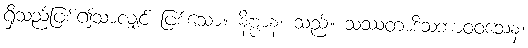
ရှိသည်ဖြစ်၍သာလျှင် ဖြစ်သော။ နိဗ္ဗာနံ၊ သည်။ သဿတာဒိသဘာဝဝသေန၊